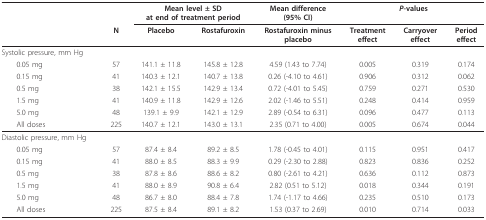
<table><thead><tr><td></td><td></td><td colspan="2"><b>Mean level ± SDat end of treatment period</b></td><td><b>Mean difference(95% CI)</b></td><td colspan="3"><b><i>P</i>-values</b></td></tr><tr><td></td><td><b>N</b></td><td><b>Placebo</b></td><td><b>Rostafuroxin</b></td><td><b>Rostafuroxin minusplacebo</b></td><td><b>Treatmenteffect</b></td><td><b>Carryovereffect</b></td><td><b>Periodeffect</b></td></tr></thead><tbody><tr><td>Systolic pressure, mm Hg</td><td></td><td></td><td></td><td></td><td></td><td></td><td></td></tr><tr><td> 0.05 mg</td><td>57</td><td>141.1 ± 11.8</td><td>145.8 ± 12.8</td><td>4.59 (1.43 to 7.74)</td><td>0.005</td><td>0.319</td><td>0.174</td></tr><tr><td> 0.15 mg</td><td>41</td><td>140.3 ± 12.1</td><td>140.7 ± 13.8</td><td>0.26 (-4.10 to 4.61)</td><td>0.906</td><td>0.312</td><td>0.062</td></tr><tr><td> 0.5 mg</td><td>38</td><td>142.1 ± 15.5</td><td>142.9 ± 13.4</td><td>0.72 (-4.01 to 5.45)</td><td>0.759</td><td>0.271</td><td>0.530</td></tr><tr><td> 1.5 mg</td><td>41</td><td>140.9 ± 11.8</td><td>142.9 ± 12.6</td><td>2.02 (-1.46 to 5.51)</td><td>0.248</td><td>0.414</td><td>0.959</td></tr><tr><td> 5.0 mg</td><td>48</td><td>139.1 ± 9.9</td><td>142.1 ± 12.9</td><td>2.89 (-0.54 to 6.31)</td><td>0.096</td><td>0.477</td><td>0.113</td></tr><tr><td> All doses</td><td>225</td><td>140.7 ± 12.1</td><td>143.0 ± 13.1</td><td>2.35 (0.71 to 4.00)</td><td>0.005</td><td>0.674</td><td>0.044</td></tr><tr><td>Diastolic pressure, mm Hg</td><td></td><td></td><td></td><td></td><td></td><td></td><td></td></tr><tr><td> 0.05 mg</td><td>57</td><td>87.4 ± 8.4</td><td>89.2 ± 8.5</td><td>1.78 (-0.45 to 4.01)</td><td>0.115</td><td>0.951</td><td>0.417</td></tr><tr><td> 0.15 mg</td><td>41</td><td>88.0 ± 8.5</td><td>88.3 ± 9.9</td><td>0.29 (-2.30 to 2.88)</td><td>0.823</td><td>0.836</td><td>0.252</td></tr><tr><td> 0.5 mg</td><td>38</td><td>87.8 ± 8.6</td><td>88.6 ± 8.2</td><td>0.80 (-2.61 to 4.21)</td><td>0.636</td><td>0.112</td><td>0.873</td></tr><tr><td> 1.5 mg</td><td>41</td><td>88.0 ± 8.9</td><td>90.8 ± 6.4</td><td>2.82 (0.51 to 5.12)</td><td>0.018</td><td>0.344</td><td>0.191</td></tr><tr><td> 5.0 mg</td><td>48</td><td>86.7 ± 8.0</td><td>88.4 ± 7.8</td><td>1.74 (-1.17 to 4.66)</td><td>0.235</td><td>0.510</td><td>0.173</td></tr><tr><td> All doses</td><td>225</td><td>87.5 ± 8.4</td><td>89.1 ± 8.2</td><td>1.53 (0.37 to 2.69)</td><td>0.010</td><td>0.714</td><td>0.033</td></tr></tbody></table>